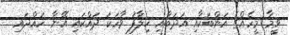
ވީމާ މީހެއްގެ އަންބަކާއި އަދަބާއި ޚިލާފު ވާހަކަ ދައްކައި އޭނާ ހައްދައި